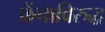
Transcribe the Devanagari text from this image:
फ्रेंचाविरुद्ध